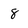
Character: 8